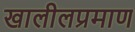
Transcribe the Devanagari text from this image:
खालीलप्रमाण